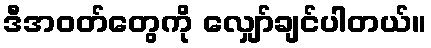
ဒီအဝတ်တွေကို လျှော်ချင်ပါတယ်။